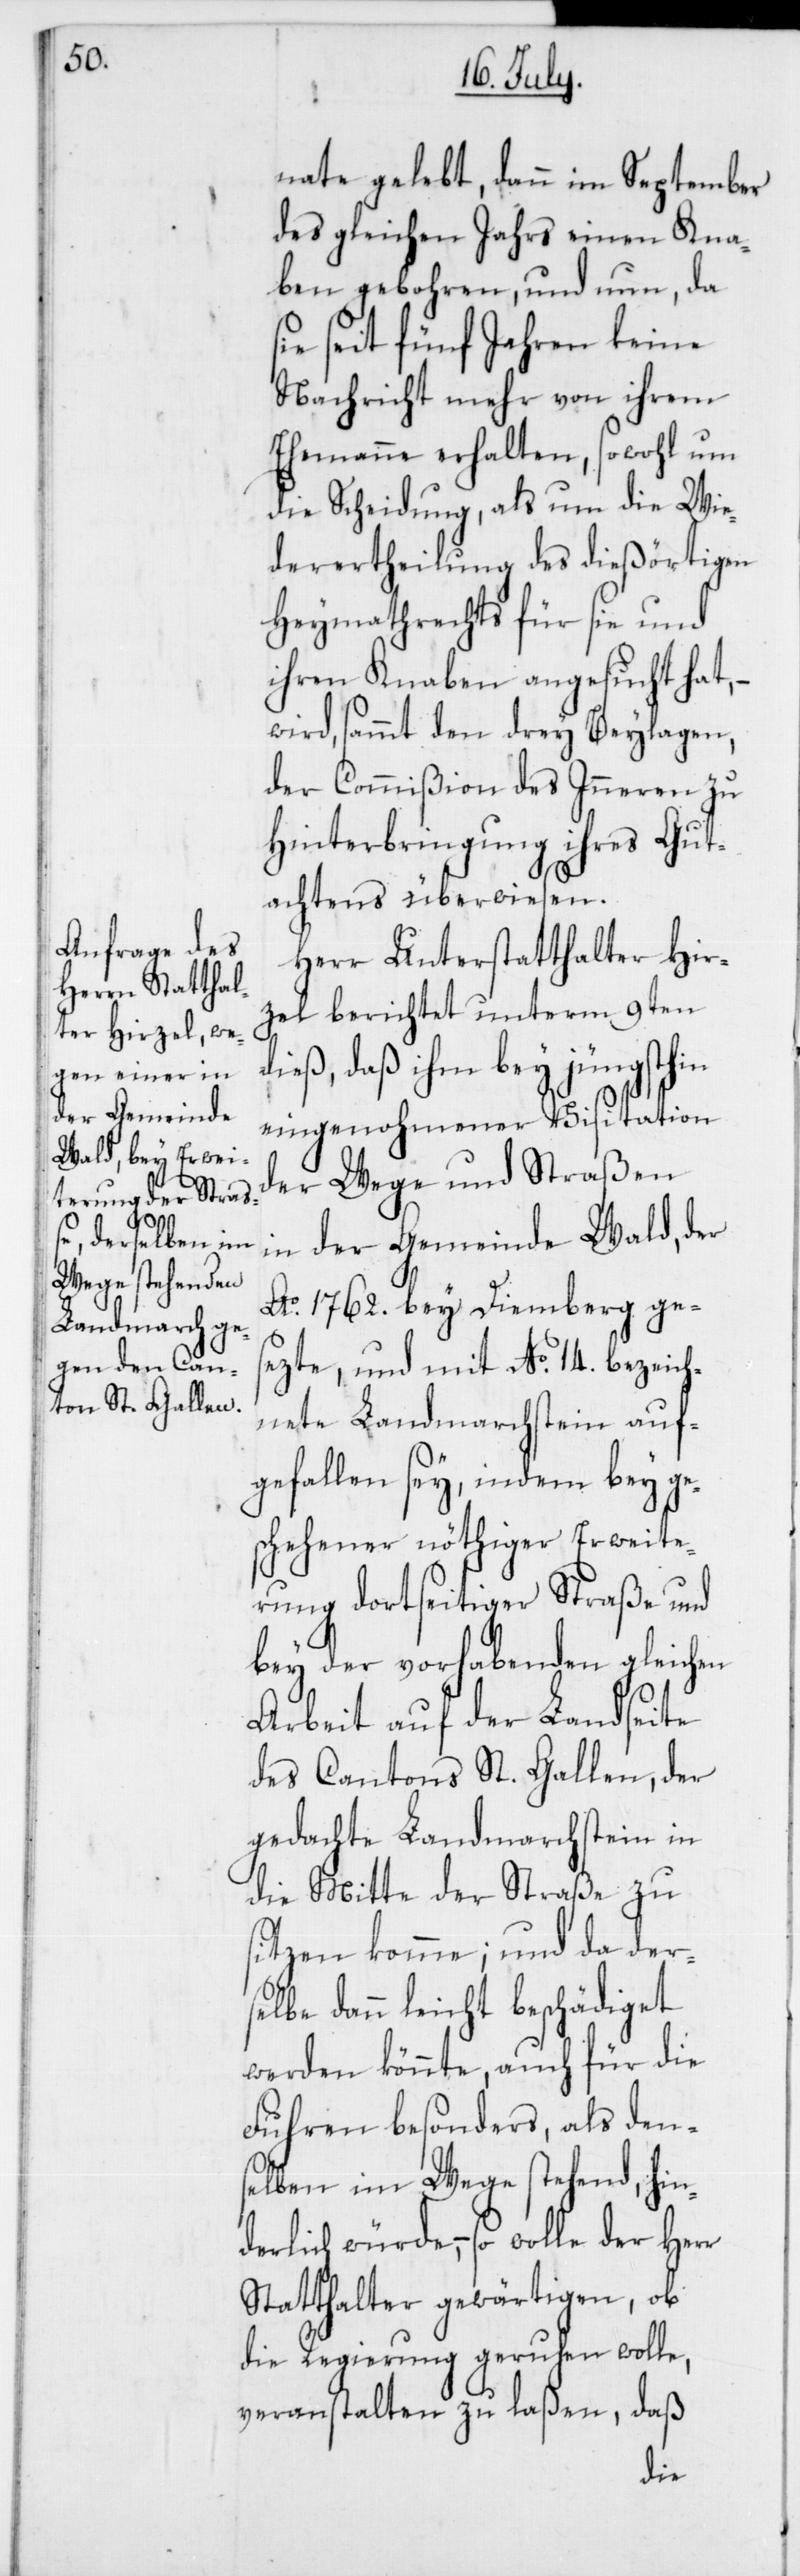
nate gelebt, dann im September
des gleichen Jahrs einen Kna¬
ben gebohren, und nun, da
sie seit fünf Jahren keine
Nachricht mehr von ihrem
Ehemanne erhalten, sowohl um
die Scheidung, als um die Wie¬
derertheilung des dießörtigen
Heymathrechts für sie und
ihren Knaben angesucht hat, –
wird sammt den drey Beylagen,
der Commißion des Inneren zu
Hinterbringung ihres Gut¬
achtens überwiesen.
Herr Unterstatthalter Hir¬
zel berichtet unterm 9ten
dieß, daß ihm bey jüngsthin
eingenohmener Visitation
der Wege und Straßen
in der Gemeinde Wald, der
Ao. 1762. bey Diemberg ges¬
ezte, und mit No. 14 bezeich¬
nete Landmarchstein auf¬
gefallen sey, indem bey ge¬
schehener nöthiger Erweite¬
rung dortseitiger Straße und
bey der vorhabenden gleichen
Arbeit auf der Landseite
des Cantons St. Gallen, der
gedachte Landmarchstein in
die Mitte der Straße zu
sitzen komme; und da der¬
selbe dann leicht beschädiget
werden könnte, auch für die
Fuhren besonders, als den¬
selben im Wege stehend, hin¬
derlich würde, – so wolle der Herr
Statthalter gewärtigen, ob
die Regierung geruhen wolle,
veranstalten zu laßen, daß